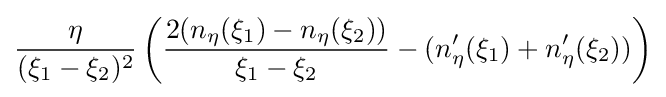
{\frac {\eta }{(\xi _{1}-\xi _{2})^{2}}}\left({\frac {2(n_{\eta }(\xi _{1})-n_{\eta }(\xi _{2}))}{\xi _{1}-\xi _{2}}}-(n_{\eta }^{\prime }(\xi _{1})+n_{\eta }^{\prime }(\xi _{2}))\right)